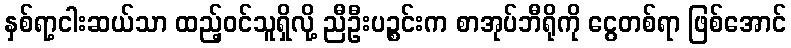
နှစ်ရာ့ငါးဆယ်သာ ထည့်ဝင်သူရှိလို့ ညီဦးပဉ္စင်းက စာအုပ်ဘီရိုကို ငွေတစ်ရာ ဖြစ်အောင်